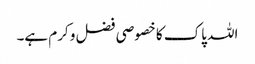
اللہ پاک کا خصوصی فضل و کرم ہے۔